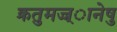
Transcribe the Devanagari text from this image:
क्रतुमज्ज्ानेषु